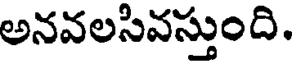
అనవలసివస్తుంది.